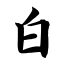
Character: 白